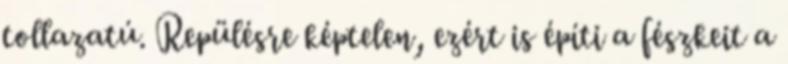
tollazatú. Repülésre képtelen, ezért is építi a fészkeit a